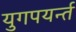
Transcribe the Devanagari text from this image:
युगपयर्न्त